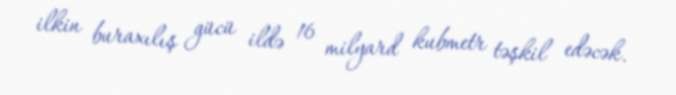
ilkin buraxılış gücü ildə 16 milyard kubmetr təşkil edəcək.